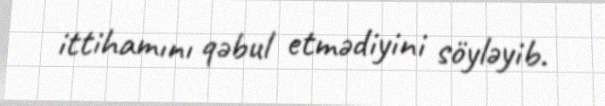
ittihamını qəbul etmədiyini söyləyib.